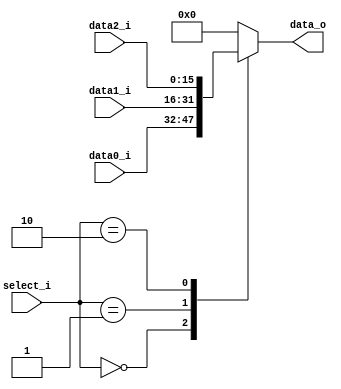
module Mux3to1( data0_i, data1_i, data2_i, select_i, data_o );

parameter size = 16;

//I/O ports
input wire	[size-1:0] data0_i;
input wire	[size-1:0] data1_i;
input wire	[size-1:0] data2_i;
input wire	[2-1:0] select_i;
output reg	[size-1:0] data_o;

//Main function
/*your code here*/
always@(*)
begin
    case(select_i)
        2'b00:
            data_o = data0_i;
        2'b01:
            data_o = data1_i;
        2'b10:
            data_o = data2_i;
        default:
            data_o = 16'b0;
    endcase
end
endmodule